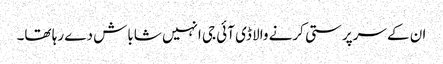
ان کے سرپرستی کرنے والا ڈی آئی جی انہیں شاباش دے رہا تھا۔